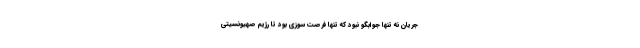
جریان نه تنها جوابگو نبود که تنها فرصت سوزی بود تا رژیم صهیونسیتی